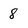
Character: 8